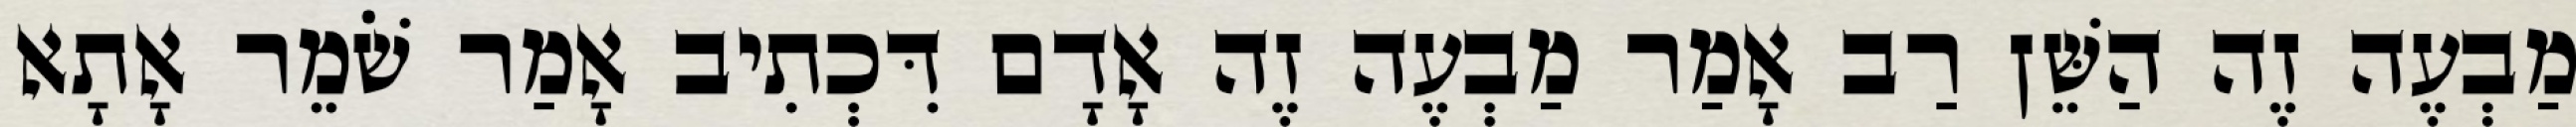
מַבְעֶה זֶה הַשֵּׁן רַב אָמַר מַבְעֶה זֶה אָדָם דִּכְתִיב אָמַר שֹׁמֵר אָתָא